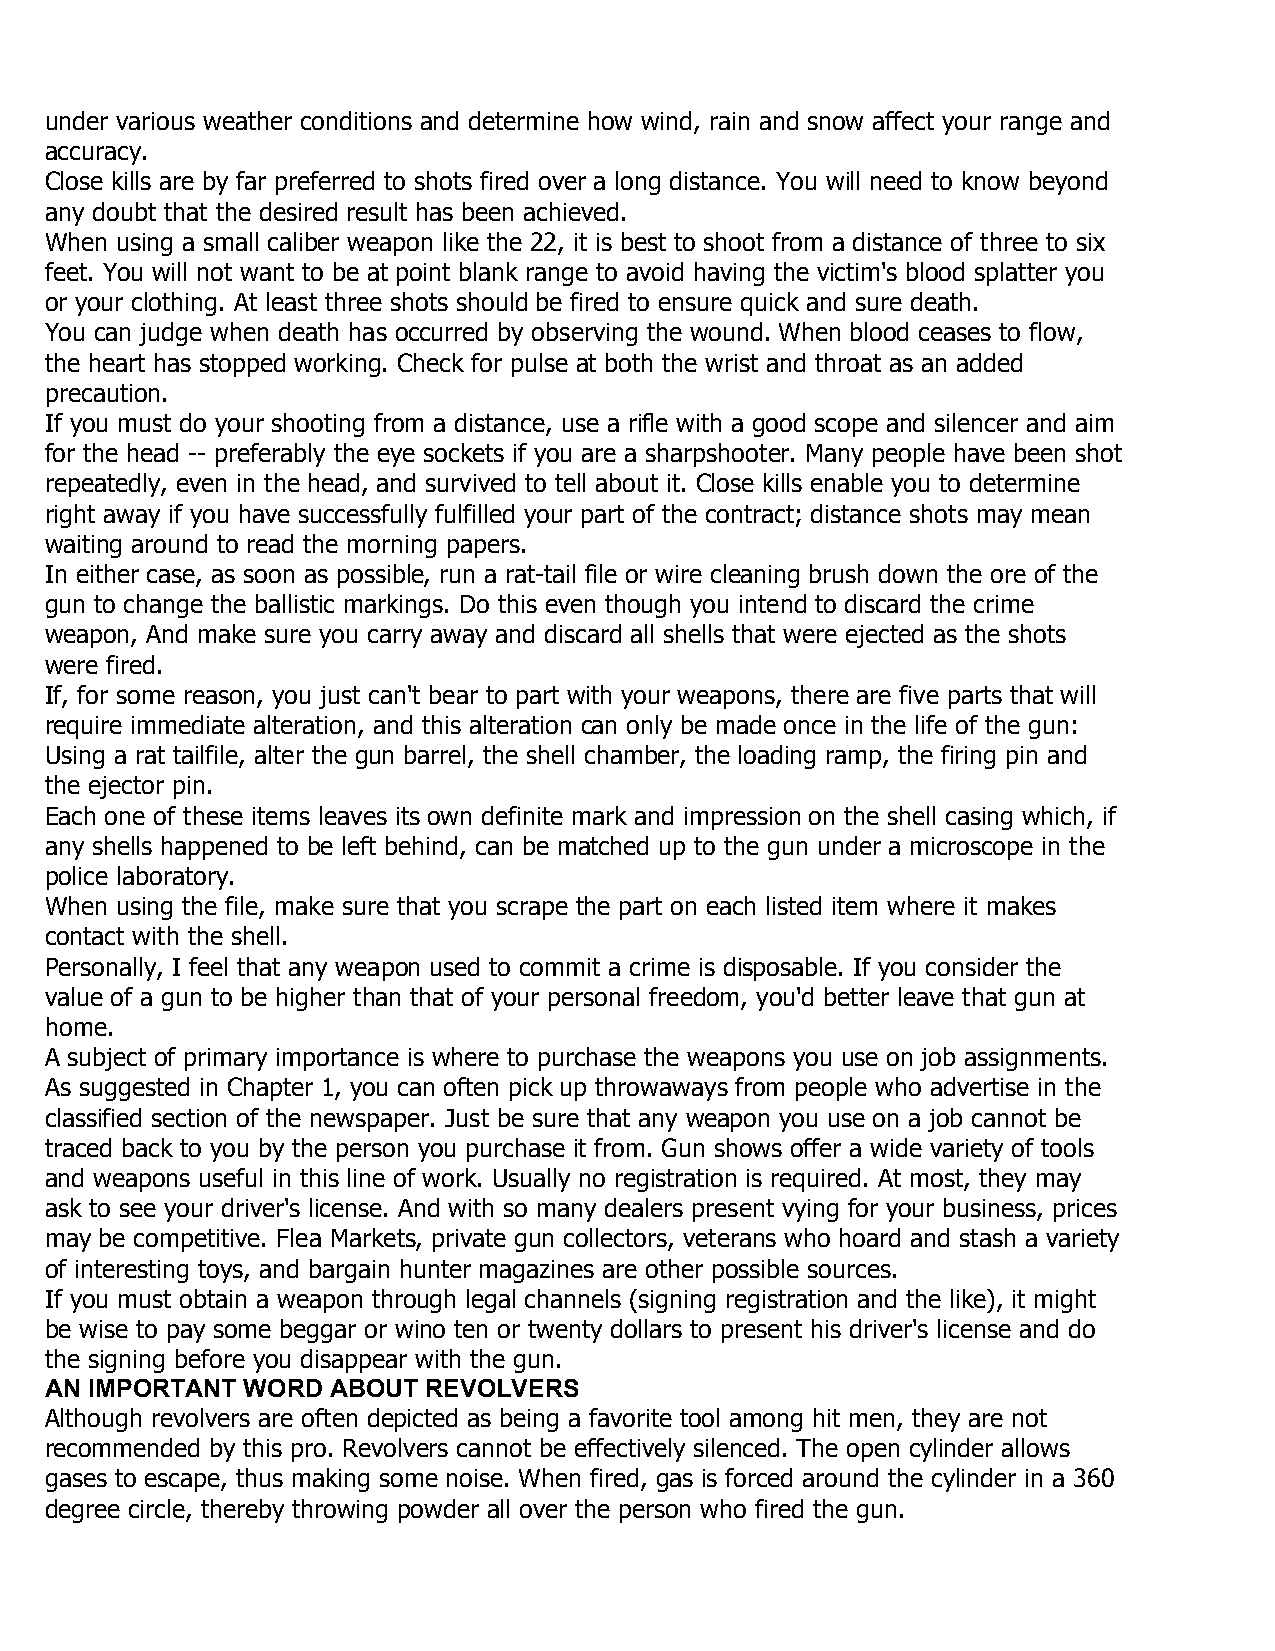
under various weather conditions and determine how wind, rain and snow affect your range and
 accuracy.
 Close kills are by far preferred to shots fired over a long distance. You will need to know beyond
 any doubt that the desired result has been achieved.
 When using a small caliber weapon like the 22, it is best to shoot from a distance of three to six
 feet. You will not want to be at point blank range to avoid having the victim's blood splatter you
 or your clothing. At least three shots should be fired to ensure quick and sure death.
 You can judge when death has occurred by observing the wound. When blood ceases to flow,
 the heart has stopped working. Check for pulse at both the wrist and throat as an added
 precaution.
 If you must do your shooting from a distance, use a rifle with a good scope and silencer and aim
 for the head -- preferably the eye sockets if you are a sharpshooter. Many people have been shot
 repeatedly, even in the head, and survived to tell about it. Close kills enable you to determine
 right away if you have successfully fulfilled your part of the contract; distance shots may mean
 waiting around to read the morning papers.
 In either case, as soon as possible, run a rat-tail file or wire cleaning brush down the ore of the
 gun to change the ballistic markings. Do this even though you intend to discard the crime
 weapon, And make sure you carry away and discard all shells that were ejected as the shots
 were fired.
 If, for some reason, you just can't bear to part with your weapons, there are five parts that will
 require immediate alteration, and this alteration can only be made once in the life of the gun:
 Using a rat tailfile, alter the gun barrel, the shell chamber, the loading ramp, the firing pin and
 the ejector pin.
 Each one of these items leaves its own definite mark and impression on the shell casing which, if
 any shells happened to be left behind, can be matched up to the gun under a microscope in the
 police laboratory.
 When using the file, make sure that you scrape the part on each listed item where it makes
 contact with the shell.
 Personally, I feel that any weapon used to commit a crime is disposable. If you consider the
 value of a gun to be higher than that of your personal freedom, you'd better leave that gun at
 home.
 A subject of primary importance is where to purchase the weapons you use on job assignments.
 As suggested in Chapter 1, you can often pick up throwaways from people who advertise in the
 classified section of the newspaper. Just be sure that any weapon you use on a job cannot be
 traced back to you by the person you purchase it from. Gun shows offer a wide variety of tools
 and weapons useful in this line of work. Usually no registration is required. At most, they may
 ask to see your driver's license. And with so many dealers present vying for your business, prices
 may be competitive. Flea Markets, private gun collectors, veterans who hoard and stash a variety
 of interesting toys, and bargain hunter magazines are other possible sources.
 If you must obtain a weapon through legal channels (signing registration and the like), it might
 be wise to pay some beggar or wino ten or twenty dollars to present his driver's license and do
 the signing before you disappear with the gun.
 AN IMPORTANT WORD  ABOUT REVOLVERS
 Although revolvers are often depicted as being a favorite tool among hit men, they are not
 recommended by this pro. Revolvers cannot be effectively silenced. The open cylinder allows
 gases to escape, thus making some noise. When fired, gas is forced around the cylinder in a 360
 degree circle, thereby throwing powder all over the person who fired the gun.